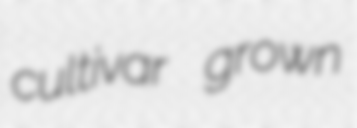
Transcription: cultivar grown